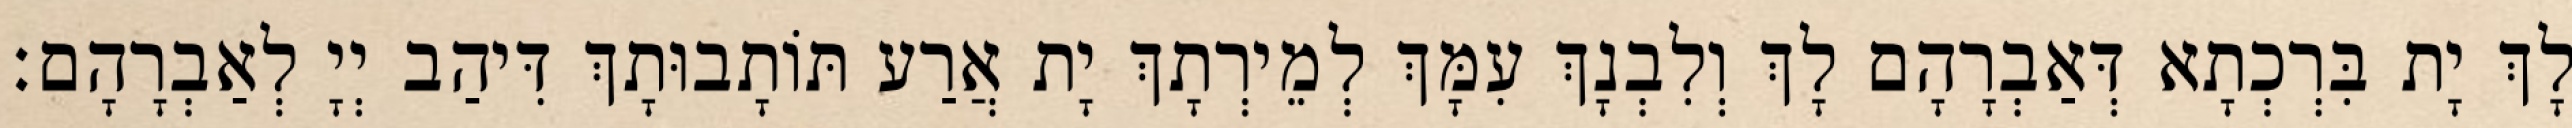
לָךְ יָת בִּרְכְתָא דְּאַבְרָהָם לָךְ וְלִבְנָךְ עִמָּךְ לְמֵירְתָךְ יָת אֲרַע תּוֹתָבוּתָךְ דִּיהַב יְיָ לְאַבְרָהָם׃